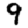
Digit: 9